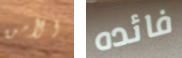
الأمن فائده